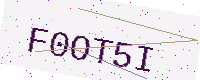
Text: F0OT5I